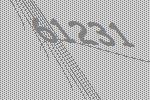
61231